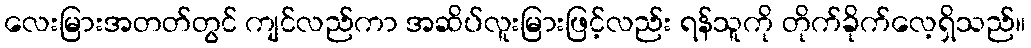
လေးမြားအတတ်တွင် ကျင်လည်ကာ အဆိပ်လူးမြားဖြင့်လည်း ရန်သူကို တိုက်ခိုက်လေ့ရှိသည်။